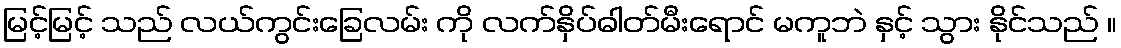
မြင့်မြင့် သည် လယ်ကွင်းခြေလမ်း ကို လက်နှိပ်ဓါတ်မီးရောင် မကူဘဲ နှင့် သွား နိုင်သည် ။